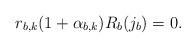
LaTeX: \begin{align*} r_{b,k}(1 + \alpha _{b,k}) R_b (j_b) = 0.\end{align*}